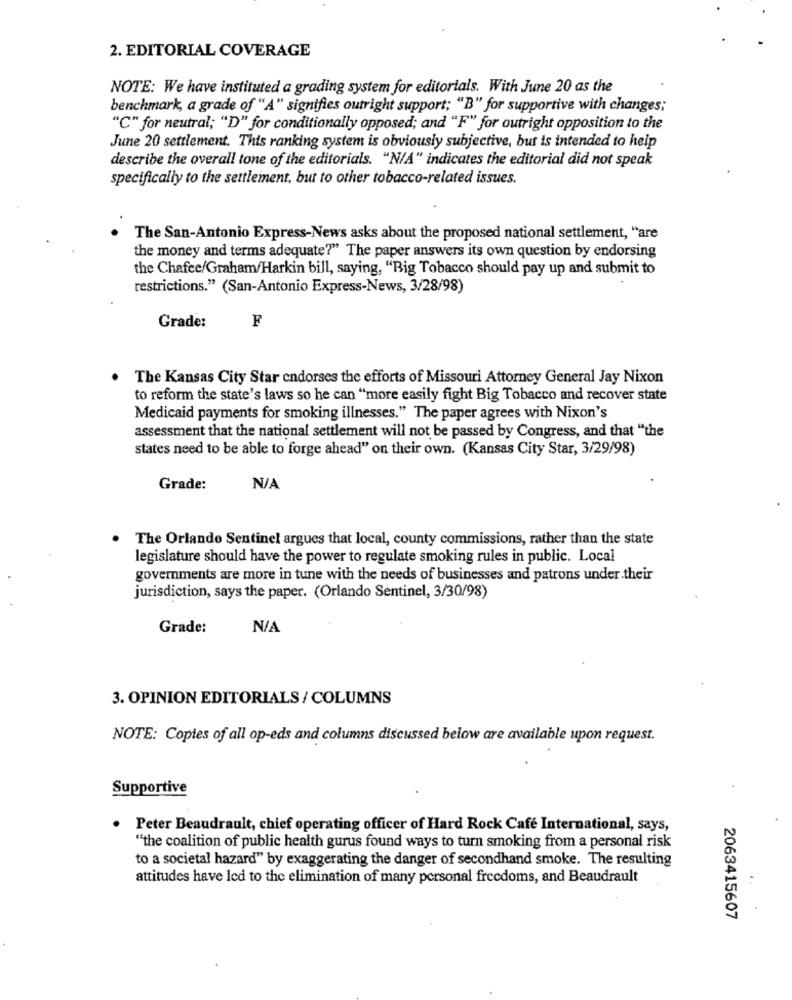
2. EDITORIAL COVERAGE
NOTE: We have instituted a grading system for editorials. With June 20 as the
benchmark, a grade of "A" signifies outright support; "B" for supportive with changes;
"C" for neutral; "D" for conditionally opposed; and "F" for outright opposition to the
June 20 settlement. This ranking system is obviously subjective, but is intended to help
describe the overall tone of the editorials. "N/A" indicates the editorial did not speak
specifically to the settlement, but to other tobacco-related issues.
The San-Antonio Express-News asks about the proposed national settlement, "are
the money and terms adequate?" The paper answers its own question by endorsing
the Chafee/Graham/Harkin bill, saying, "Big Tobacco should pay up and submit to
restrictions." (San-Antonio Express-News, 3/28/98)
Grade:
F
The Kansas City Star endorses the efforts of Missouri Attorney General Jay Nixon
to reform the state's laws so he can "more easily fight Big Tobacco and recover state
Medicaid payments for smoking illnesses." The paper agrees with Nixon's
assessment that the national settlement will not be passed by Congress, and that "the
states need to be able to forge ahead" on their own. (Kansas City Star, 3/29/98)
Grade:
The Orlando Sentinel argues that local, county commissions, rather than the state
legislature should have the power to regulate smoking rules in public. Local
governments are more in tune with the needs of businesses and patrons under their
jurisdiction, says the paper. (Orlando Sentinel, 3/30/98)
Grade:
3. OPINION EDITORIALS / COLUMNS
NOTE: Copies of all op-eds and columns discussed below are available upon request.
Supportive
Peter Beaudrault, chief operating officer of Hard Rock Café International, says,
"the coalition of public health gurus found ways to turn smoking from a personal risk
to a societal hazard" by exaggerating the danger of secondhand smoke. The resulting
attitudes have led to the elimination of many personal freedoms, and Beaudrault
2063415607